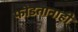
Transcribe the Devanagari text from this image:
फोडतानाही